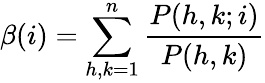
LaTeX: \beta(i)=\sum_{h,k=1}^{n}\frac{P(h,k;i)}{P(h,k)}